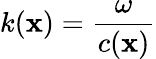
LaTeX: k(\textbf{x})=\frac{\omega}{c(\textbf{x})}